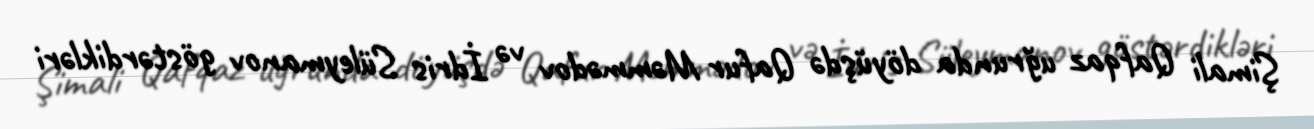
Şimali Qafqaz uğrunda döyüşdə Qafur Məmmədov və İdris Süleymanov göstərdikləri